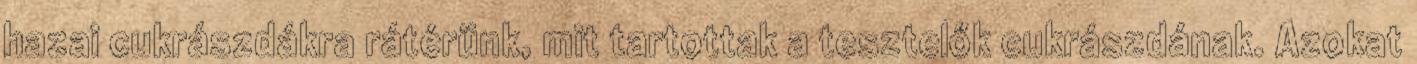
hazai cukrászdákra rátérünk, mit tartottak a tesztelők cukrászdának. Azokat